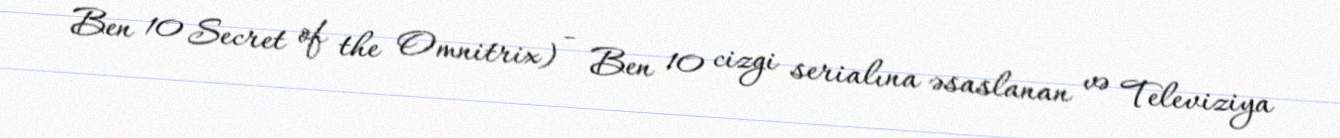
Ben 10 Secret of the Omnitrix) - Ben 10 cizgi serialına əsaslanan və Televiziya